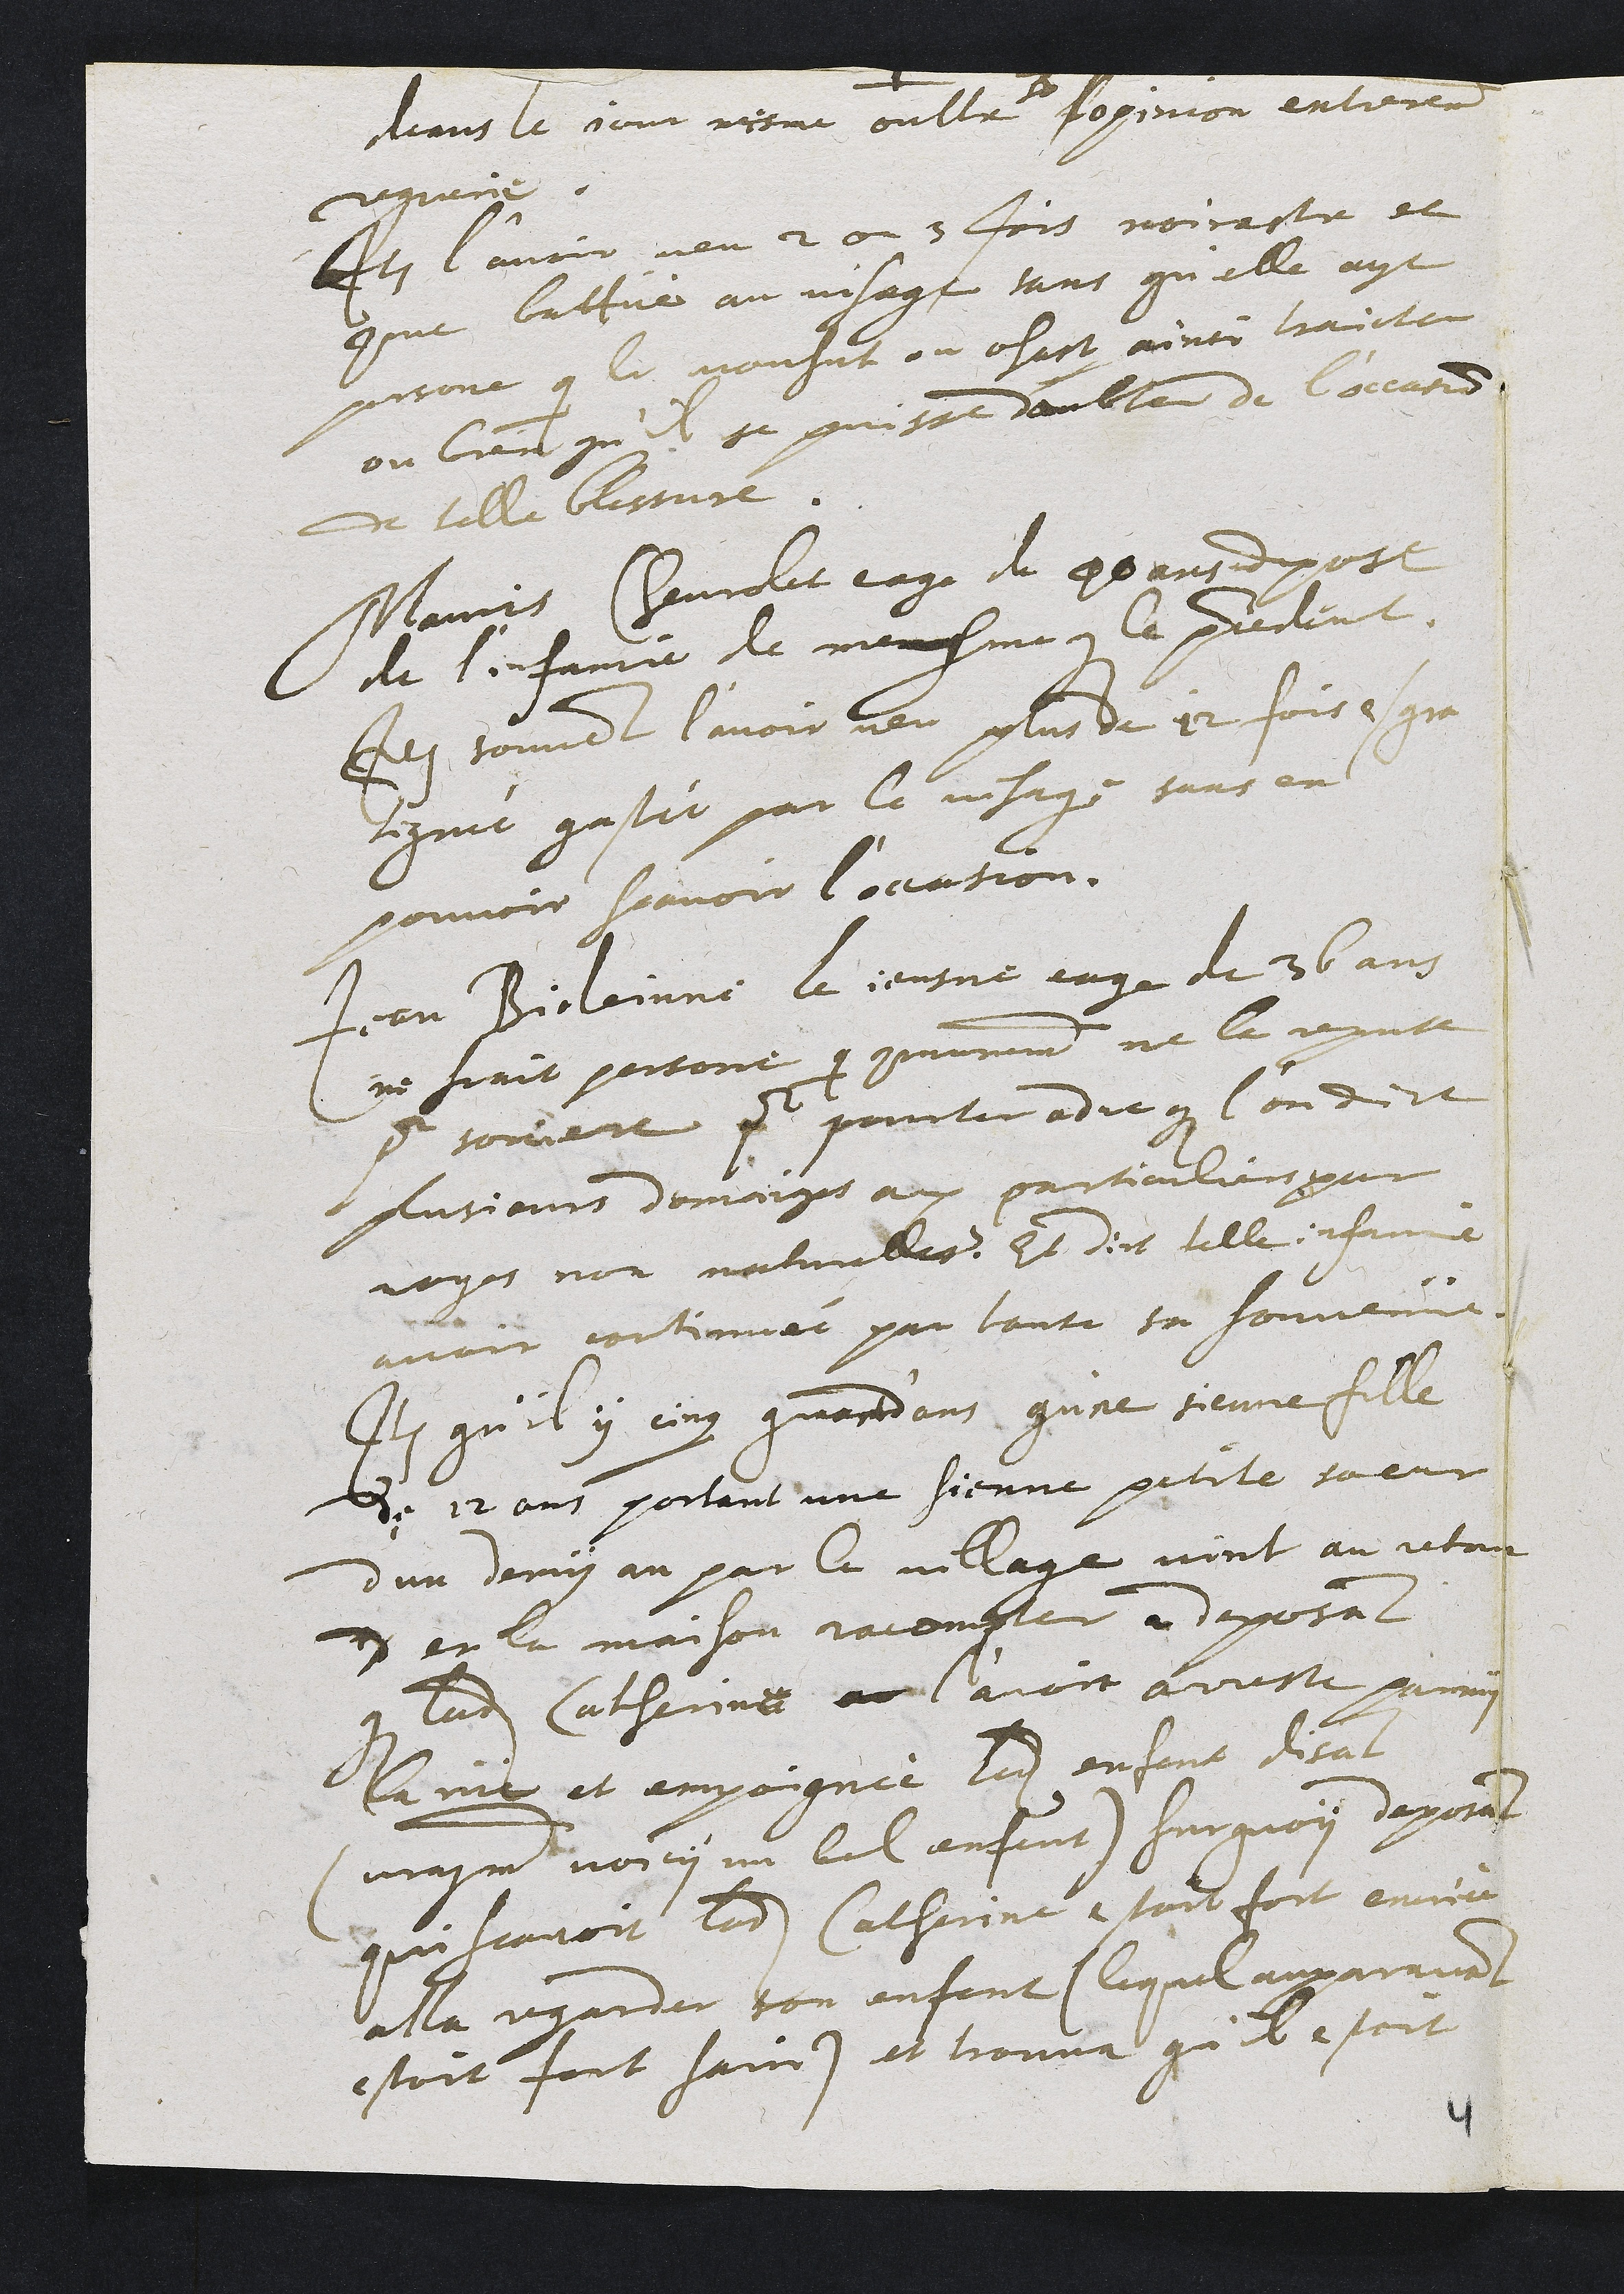
deans le jour mesme oultre son l'opinion entierement
reguerie.
Item l'avoir veu 2 ou 3 fois noirastre et
comme batue au visage sans qu'elle ayt
persone qui la voulsut ou osast ainsi traicter
ou bien qu'il se puisse doubter de l'occasion
de telle blessure.
Mauris Chevrolet eage de 40 ans depose
de l'infamie de mesme que le precedent.
Item souvenant l'avoir veu plus de 12 fois esgra
tignée gastée par le visage sans en
pouvoir scavoir l'occasion.
Jean Bideinne le jeusne eage de 36 ans
ne scait personne qui communement ne la repute
pour sorciere pour pourter ad ce que l'on dict
plusieurs domaiges aux particuliers par
voyes non naturelles. Et dict telle infamie
avoir continuée par toute sa souvenüe.
Item qu'il y cinq quart d'ans qu'ne sienne fille
de 12 ans portant une sienne petite soeur
d'un demy an par le village vint au retour
d en la maison racompter a deposant
que ladite Catherine ne l'avoir arreste parmy
la rüe et empoignée ladite enfant disant
(vrayment voicy un bel enfant) sur quoy deposant
qui scavoir ladite Catherine estant fort encriée
alla regarder son enfant (lequel auparavant
estoit fort sain) et trouva qu'il estoit